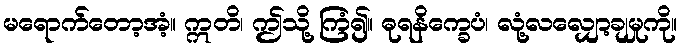
မရောက်တော့အံ့။ ဣတိ၊ ဤသို့ ကြံ၍။ ဓုရနိက္ခေပံ၊ လုံ့လလျှော့ချမှုကို။